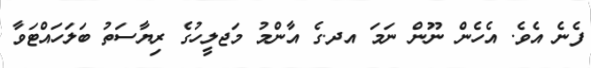
ފެނެ އެވެ. އެހެން ނޫން ނަމަ އދ.ގެ އާންމު މަޖލީހުގެ ރިޔާސަތު ބަލަހައްޓަވާ